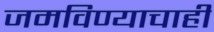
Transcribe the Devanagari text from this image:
जमविण्याचाही